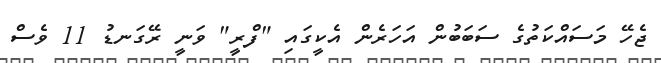
ޖެހޭ މަސައްކަތުގެ ސަބަބުން އަހަރެން އެކީގައި "ފްރީ" ވަނީ ރޭގަނޑު 11 ވެސް